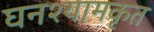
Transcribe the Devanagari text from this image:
घनश्यामकृत